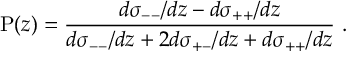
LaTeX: \mathrm { P } ( z ) = \frac { d \sigma _ { -- } / d z - d \sigma _ { + + } / d z } { d \sigma _ { -- } / d z + 2 d \sigma _ { + - } / d z + d \sigma _ { + + } / d z } \, \, .